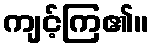
ကျင့်ကြ၏။